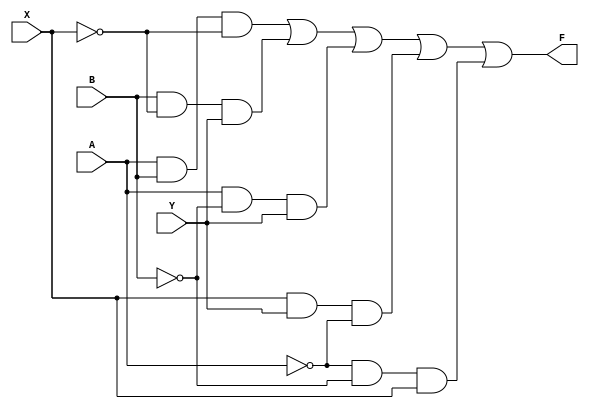
module multifun(output F ,input X , Y , A , B) ;
 wire w1 , w2 , w3 , w4 , w5 ;
 and A1(w1,A,B,~X) ;
 and A2(w2,B,~X,Y);
 and A3(w3,A,~B,Y);
 and A4(w4,X,Y,~A);
 and A5(w5,~A,~B,X) ;
 or O1(F,w1,w2,w3,w4,w5);
endmodule